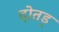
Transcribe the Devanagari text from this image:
दोतड्